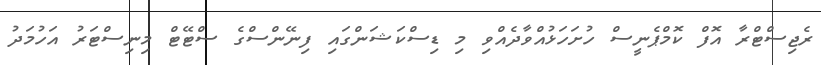
ރެޖިސްޓްރާ އޮފް ކޮމްޕެނީސް ހުށަހަޅުއްވާދެއްވި މި ޑިސްކަޝަންގައި ފިނޭންސްގެ ސްޓޭޓް މިނިސްޓަރު އަހުމަދު